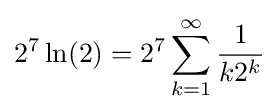
2^{7}\ln(2)=2^{7}\sum _{k=1}^{\infty }{\frac {1}{k2^{k}}}